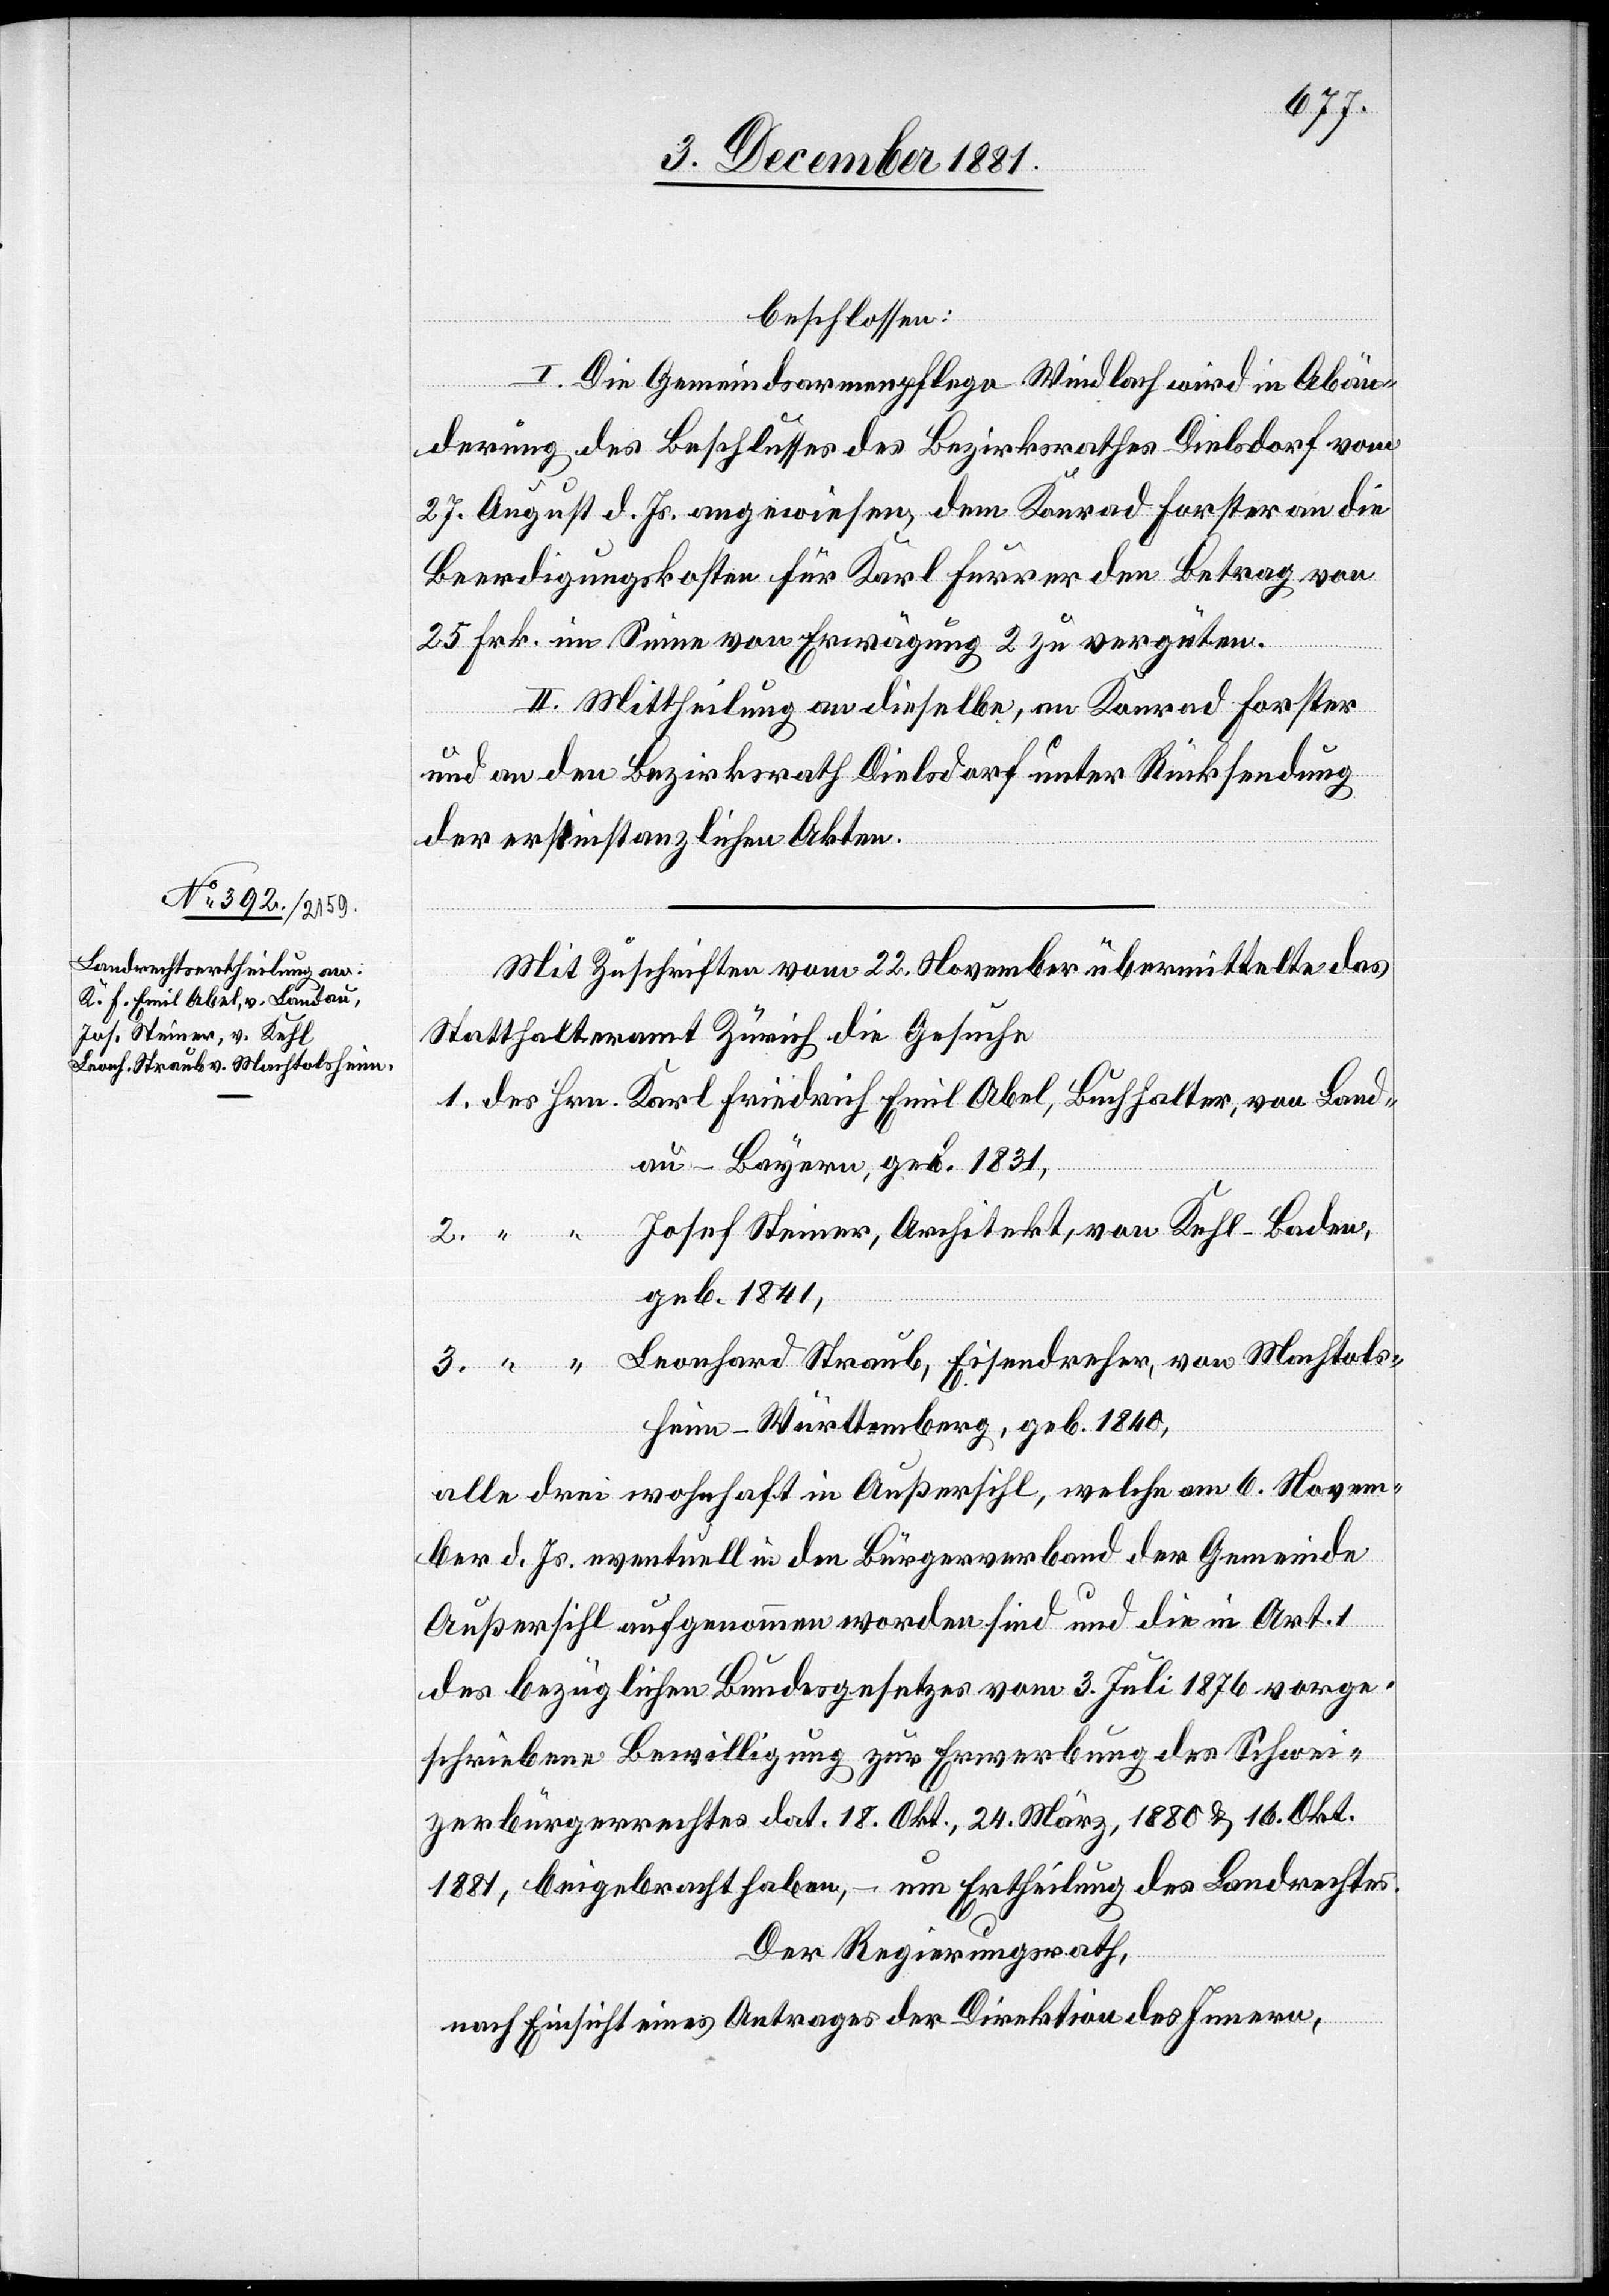
beschlossen:
I. Die Gemeindsarmenpflege Windlach wird in Abän¬
derung des Beschlusses des Bezirksrathes Dielsdorf vom
27. August d. Js. angewiesen, dem Konrad Forster an die
Beerdigungskosten für Karl Furrer den Betrag von
25 Frk. im Sinne von Erwägung 2 zu vergüten.
II. Mittheilung an dieselbe, an Konrad Forster
und an den Bezirksrath Dielsdorf unter Rücksendung
der erstinstanzlichen Akten.
Mit Zuschriften vom 22. November übermittelte das
Statthalteramt Zürich die Gesuche
au - Bayern, geb. 1831,
Josef Steiner, Architekt, von Kehl - Baden,
geb. 1841,
Leonhard Straub, Eisendreher, von Machtols¬
heim - Württemberg, geb. 1840,
alle drei wohnhaft in Außersihl, welche am 6. Novem¬
ber d. Js. eventuell in den Bürgerverband der Gemeinde
Land¬
Außersihl aufgenommen worden sind und die in Art. 1
des bezüglichen Bundesgesetzes vom 3. Juli 1876 vorge¬
schriebene Bewilligung zur Erwerbung des Schwei¬
zerbürgerrechtes dat. 18. Okt., 24. März, 1880 & 16. Okt.
1881, beigebracht haben, – um Ertheilung des Landrechtes.
Der Regierungsrath,
nach Einsicht eines Antrages der Direktion des Innern,